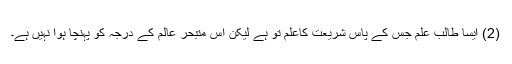
(2) ایسا طالب علم جس کے پاس شریعت کاعلم تو ہے لیکن اس متبحر عالم کے درجہ کو پہنچا ہوا نہیں ہے۔